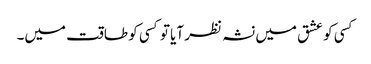
کسی کو عشق میں نشہ نظر آیا تو کسی کو طاقت میں۔